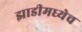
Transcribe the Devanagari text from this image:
झाडीमध्येच